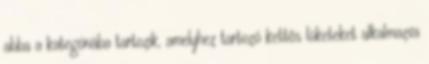
abba a kategóriába tartozik, amelyhez tartozó kettõs löketeket alkalmazva